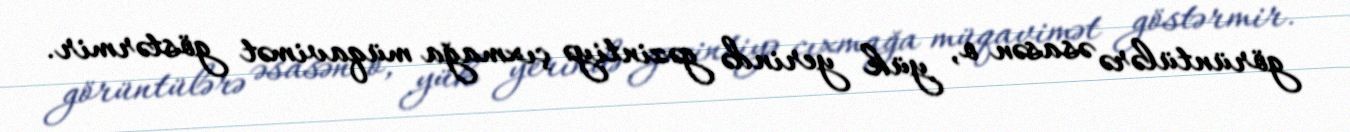
görüntülərə əsasən o, yük yerində gəzintiyə çıxmağa müqavimət göstərmir.